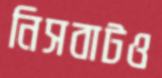
নিসবাটও